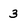
Character: 3